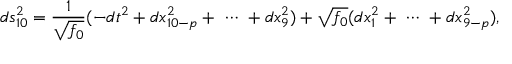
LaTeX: d s _ { 1 0 } ^ { 2 } = \frac { 1 } { \sqrt { f _ { 0 } } } ( - d t ^ { 2 } + d x _ { 1 0 - p } ^ { 2 } + \ \cdots \ + d x _ { 9 } ^ { 2 } ) + \sqrt { f _ { 0 } } ( d x _ { 1 } ^ { 2 } + \ \cdots \ + d x _ { 9 - p } ^ { 2 } ) ,